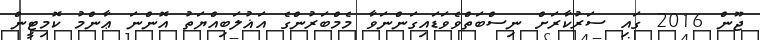
ޖޫން 2016 ގައި ސަރުކާރަށް ނިސްބަތްވެވަޑައިގަންނަވާ މެމްބަރުންގެ އަޣުލަބިއްޔަތު އޮންނަ ޢާންމު ކޮމިޓީން